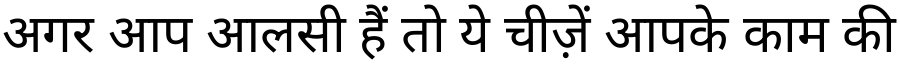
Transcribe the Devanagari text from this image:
अगर आप आलसी हैं तो ये चीज़ें आपके काम की